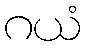
ဂယံ